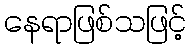
နေရာဖြစ်သဖြင့်